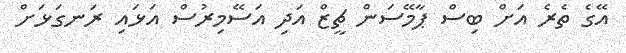
އޭގެ ތެރެ އަށް ބިސް ޕާމޭސަން ޗީޒް އަދި އަސޭމިރުސް އަޅައި ރަނގަޅަށް